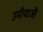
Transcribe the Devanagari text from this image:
उमीयाजी